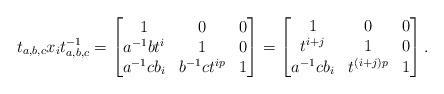
LaTeX: \begin{align*} t_{a,b,c}x_{i}t_{a,b,c}^{-1} =\begin{bmatrix} 1 & 0 & 0\\ a^{-1}bt^{i}& 1& 0\\ a^{-1}cb_{i} & b^{-1}ct^{ip} &1 \end{bmatrix}=\begin{bmatrix} 1 & 0 & 0\\ t^{i+j}& 1& 0\\ a^{-1}cb_{i} & t^{(i+j)p} &1 \end{bmatrix}. \end{align*}